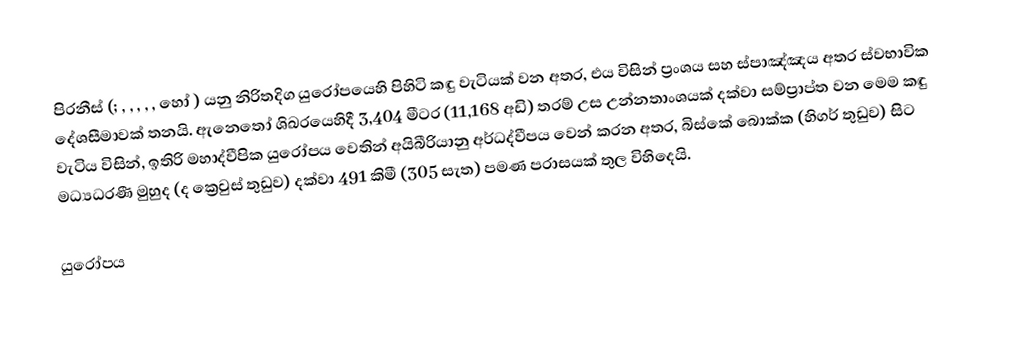
පිරනීස් (;  ,  , ,  , ,   හෝ  ) යනු නිරිතදිග යුරෝපයෙහි පිහිටි  කඳු වැටියක් වන අතර, එය විසින් ප්‍රංශය සහ ස්පාඤ්ඤය අතර ස්වභාවික දේශසීමාවක් තනයි. ඇනෙතෝ ශිඛරයෙහිදී 3,404 මීටර (11,168 අඩි) තරම් උස උන්නතාංශයක් දක්වා සම්ප්‍රාප්ත වන මෙම කඳු වැටිය විසින්, ඉතිරි මහාද්වීපික යුරෝපය වෙතින් අයිබීරියානු අර්ධද්වීපය වෙන් කරන අතර, බිස්කේ බොක්ක (හිගර් තුඩුව) සිට මධ්‍යධරණී මුහුද (ද ක්‍රෙවුස් තුඩුව) දක්වා 491 කිමී (305 සැත) පමණ පරාසයක් තුල විහිදෙයි.

යුරෝපය